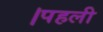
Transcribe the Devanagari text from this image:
।पहली